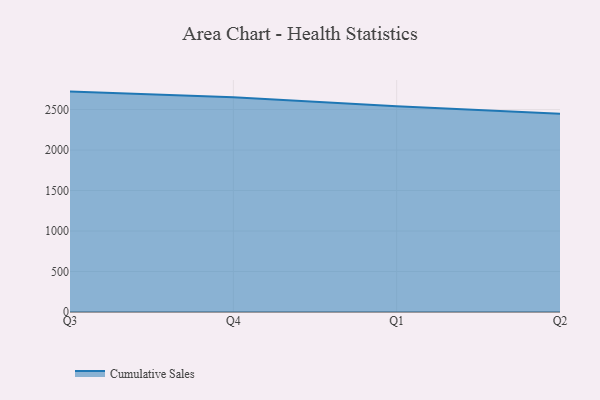
{"axis": {"x": "Quarter", "y": "Market Share (%)"}, "legend": ["Cumulative Sales"], "data": [{"x": "Q3", "y": 2721.6, "type": "Cumulative Sales"}, {"x": "Q4", "y": 2652.9, "type": "Cumulative Sales"}, {"x": "Q1", "y": 2541.9, "type": "Cumulative Sales"}, {"x": "Q2", "y": 2447.0, "type": "Cumulative Sales"}]}